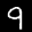
Label: 9